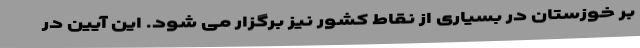
بر خوزستان در بسیاری از نقاط کشور نیز برگزار می شود. این آیین در